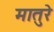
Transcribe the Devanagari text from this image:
मातुरे